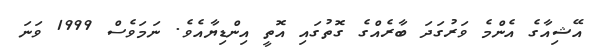
އޭޝިއާގެ އެންމެ ވަރުގަދަ ބާރެއްގެ ގޮތުގައި އޮތީ އިންޑިޔާއެވެ. ނަމަވެސް 1999 ވަނަ